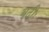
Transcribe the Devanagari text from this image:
बढ़ीः